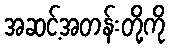
အဆင့်အတန်းတို့ကို